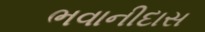
ભવાનીદાસ